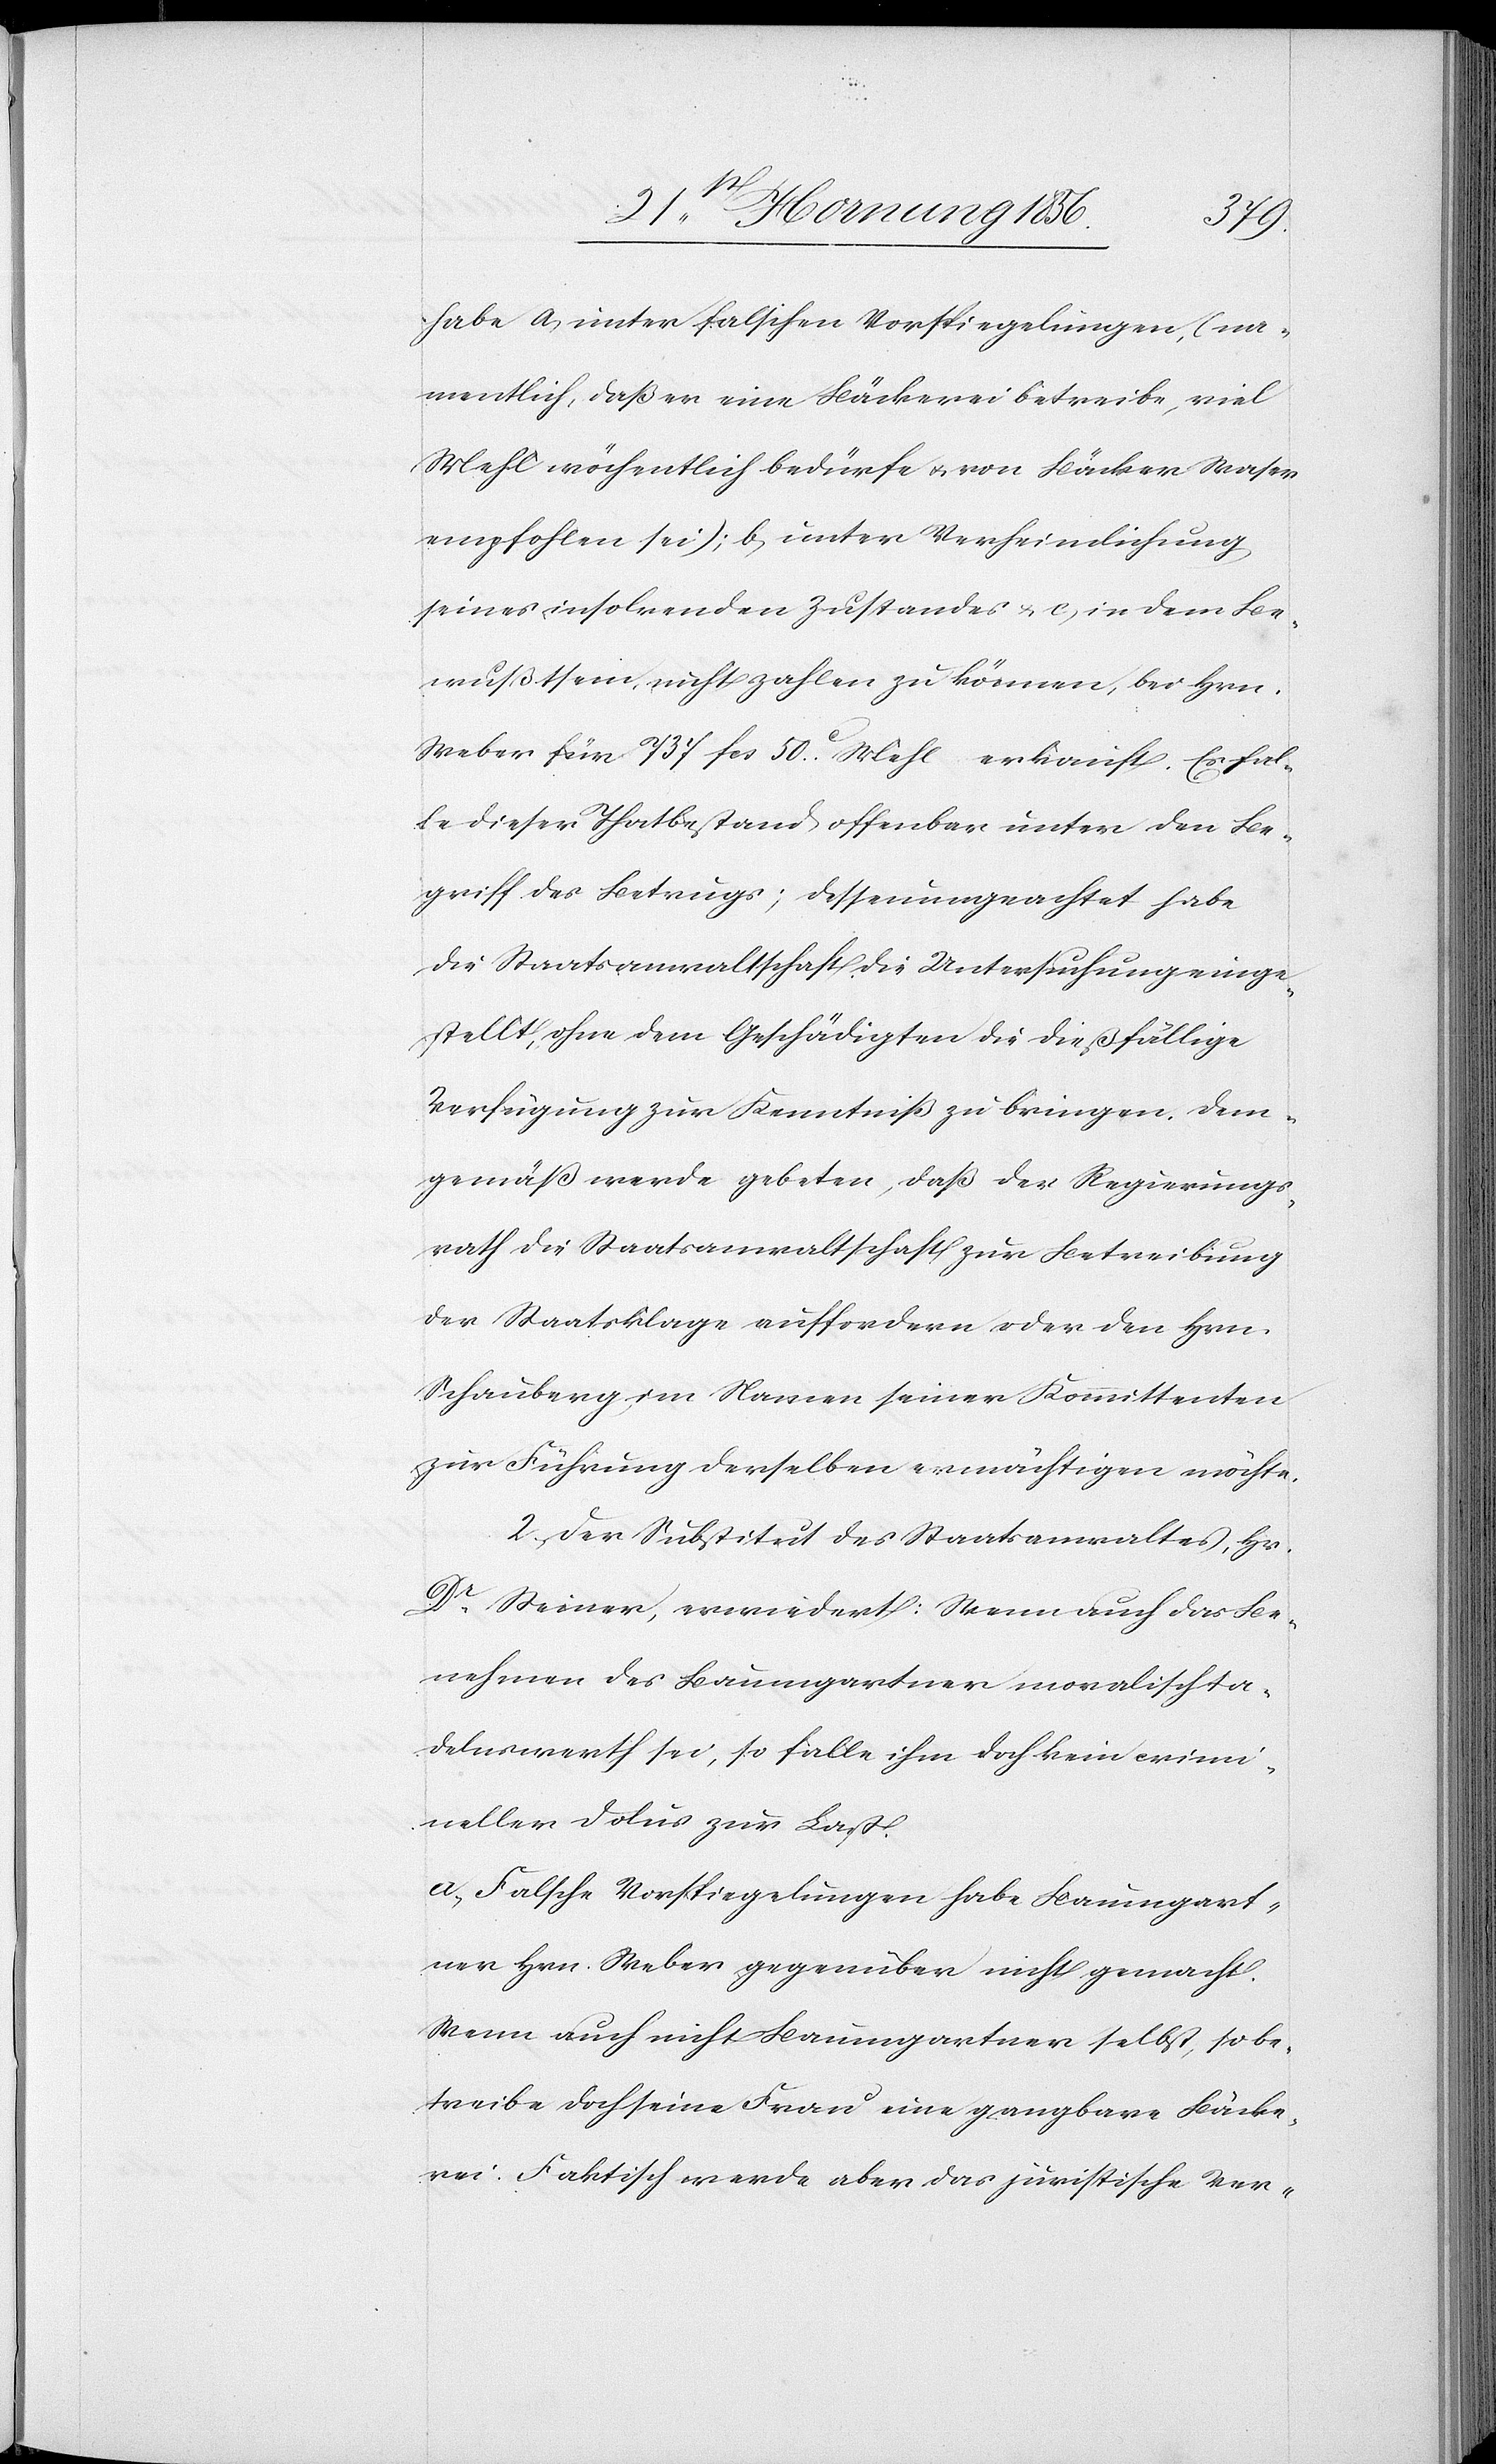
habe a, unter falschen Vorspiegelungen, (na¬
mentlich, daß er eine Bäckerei betreibe, viel
Mehl wöchentlich bedürfe u. von Bäcker Waser
empfohlen sei); b, unter Verheimlichung
seines insolvenden Zustandes u. c, in dem Be¬
wußtsein, nicht zahlen zu können, bei Hrn.
Weber für 737 fcs 50c Mehl erkauft. Es fal¬
le dieser Thatbestand offenbar unter den Be¬
griff des Betrugs; dessenungeachtet habe
die Staatsanwaltschaft die Untersuchung einge¬
stellt, ohne dem Geschädigten die dießfällige
Verfügung zur Kenntniß zu bringen. Dem¬
gemäß werde gebeten, daß der Regierungs¬
rath die Staatsanwaltschaft zur Betreibung
der Staatsklage auffordern oder den Hrn.
Schauberg im Namen seiner Kommittenten
zur Führung derselben ermächtigen möchte.
2., Der Substitut des Staatsanwaltes, Hr.
Dr Steiner, erwiedert: Wenn auch das Be¬
nehmen des Baumgartner moralisch ta¬
delnswerth sei, so falle ihm doch kein crimi¬
neller Dolus zur Last.
a, Falsche Vorspiegelungen habe Baumgart¬
ner Hrn. Weber gegenüber nicht gemacht.
Wenn auch nicht Baumgartner selbst, so be¬
treibe doch seine Frau eine gangbare Bäcke¬
rei. Faktisch werde aber das juristische Ver-